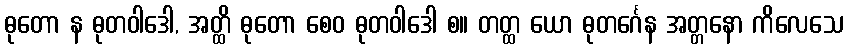
ဓုတော န ဓုတဝါဒေါ, အတ္ထိ ဓုတော စေဝ ဓုတဝါဒေါ စ။ တတ္ထ ယော ဓုတင်္ဂေန အတ္တနော ကိလေသေ